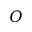
{ O }